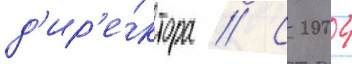
д'ир'е́ктора // С 2004